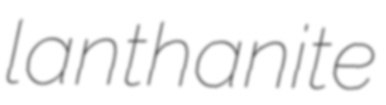
lanthanite